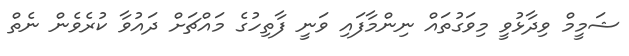
ޝަމީމް ވިދާޅުވީ މިވަގުތައް ނިންމާފައި ވަނީ ފާތިހުގެ މައްޗަށް ދައުވާ ކުރެވެން ނެތް